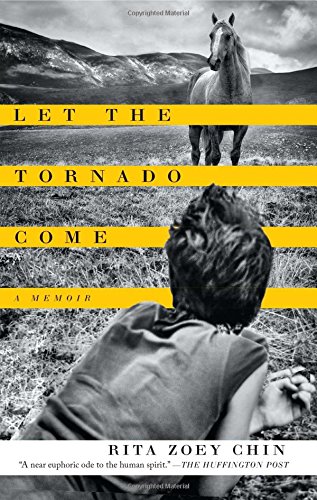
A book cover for Let the Tornado Come: A Memoir; Rita Zoey Chin; Parenting & Relationships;